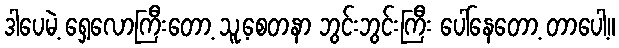
ဒါပေမဲ့ ရှေ့လောကြီးတော့ သူ့စေတနာ ဘွင်းဘွင်းကြီး ပေါ်နေတော့ တာပေါ့။